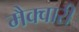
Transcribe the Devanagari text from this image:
मैक्वारी